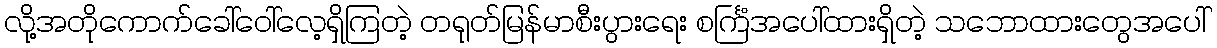
လို့အတိုကောက်ခေါ်ဝေါ်လေ့ရှိကြတဲ့ တရုတ်မြန်မာစီးပွားရေး စင်္ကြံအပေါ်ထားရှိတဲ့ သဘောထားတွေအပေါ်